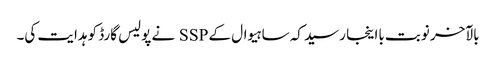
بالآخر نوبت بااینجا رسید کہ ساہیوال کے SSP نے پولیس گارڈ کو ہدایت کی۔